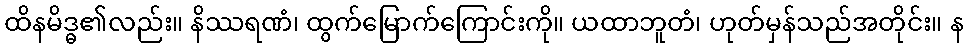
ထိနမိဒ္ဓ၏လည်း။ နိဿရဏံ၊ ထွက်မြောက်ကြောင်းကို။ ယထာဘူတံ၊ ဟုတ်မှန်သည်အတိုင်း။ န